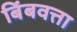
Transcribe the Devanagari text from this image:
बिंबवत्ता